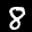
Label: 8